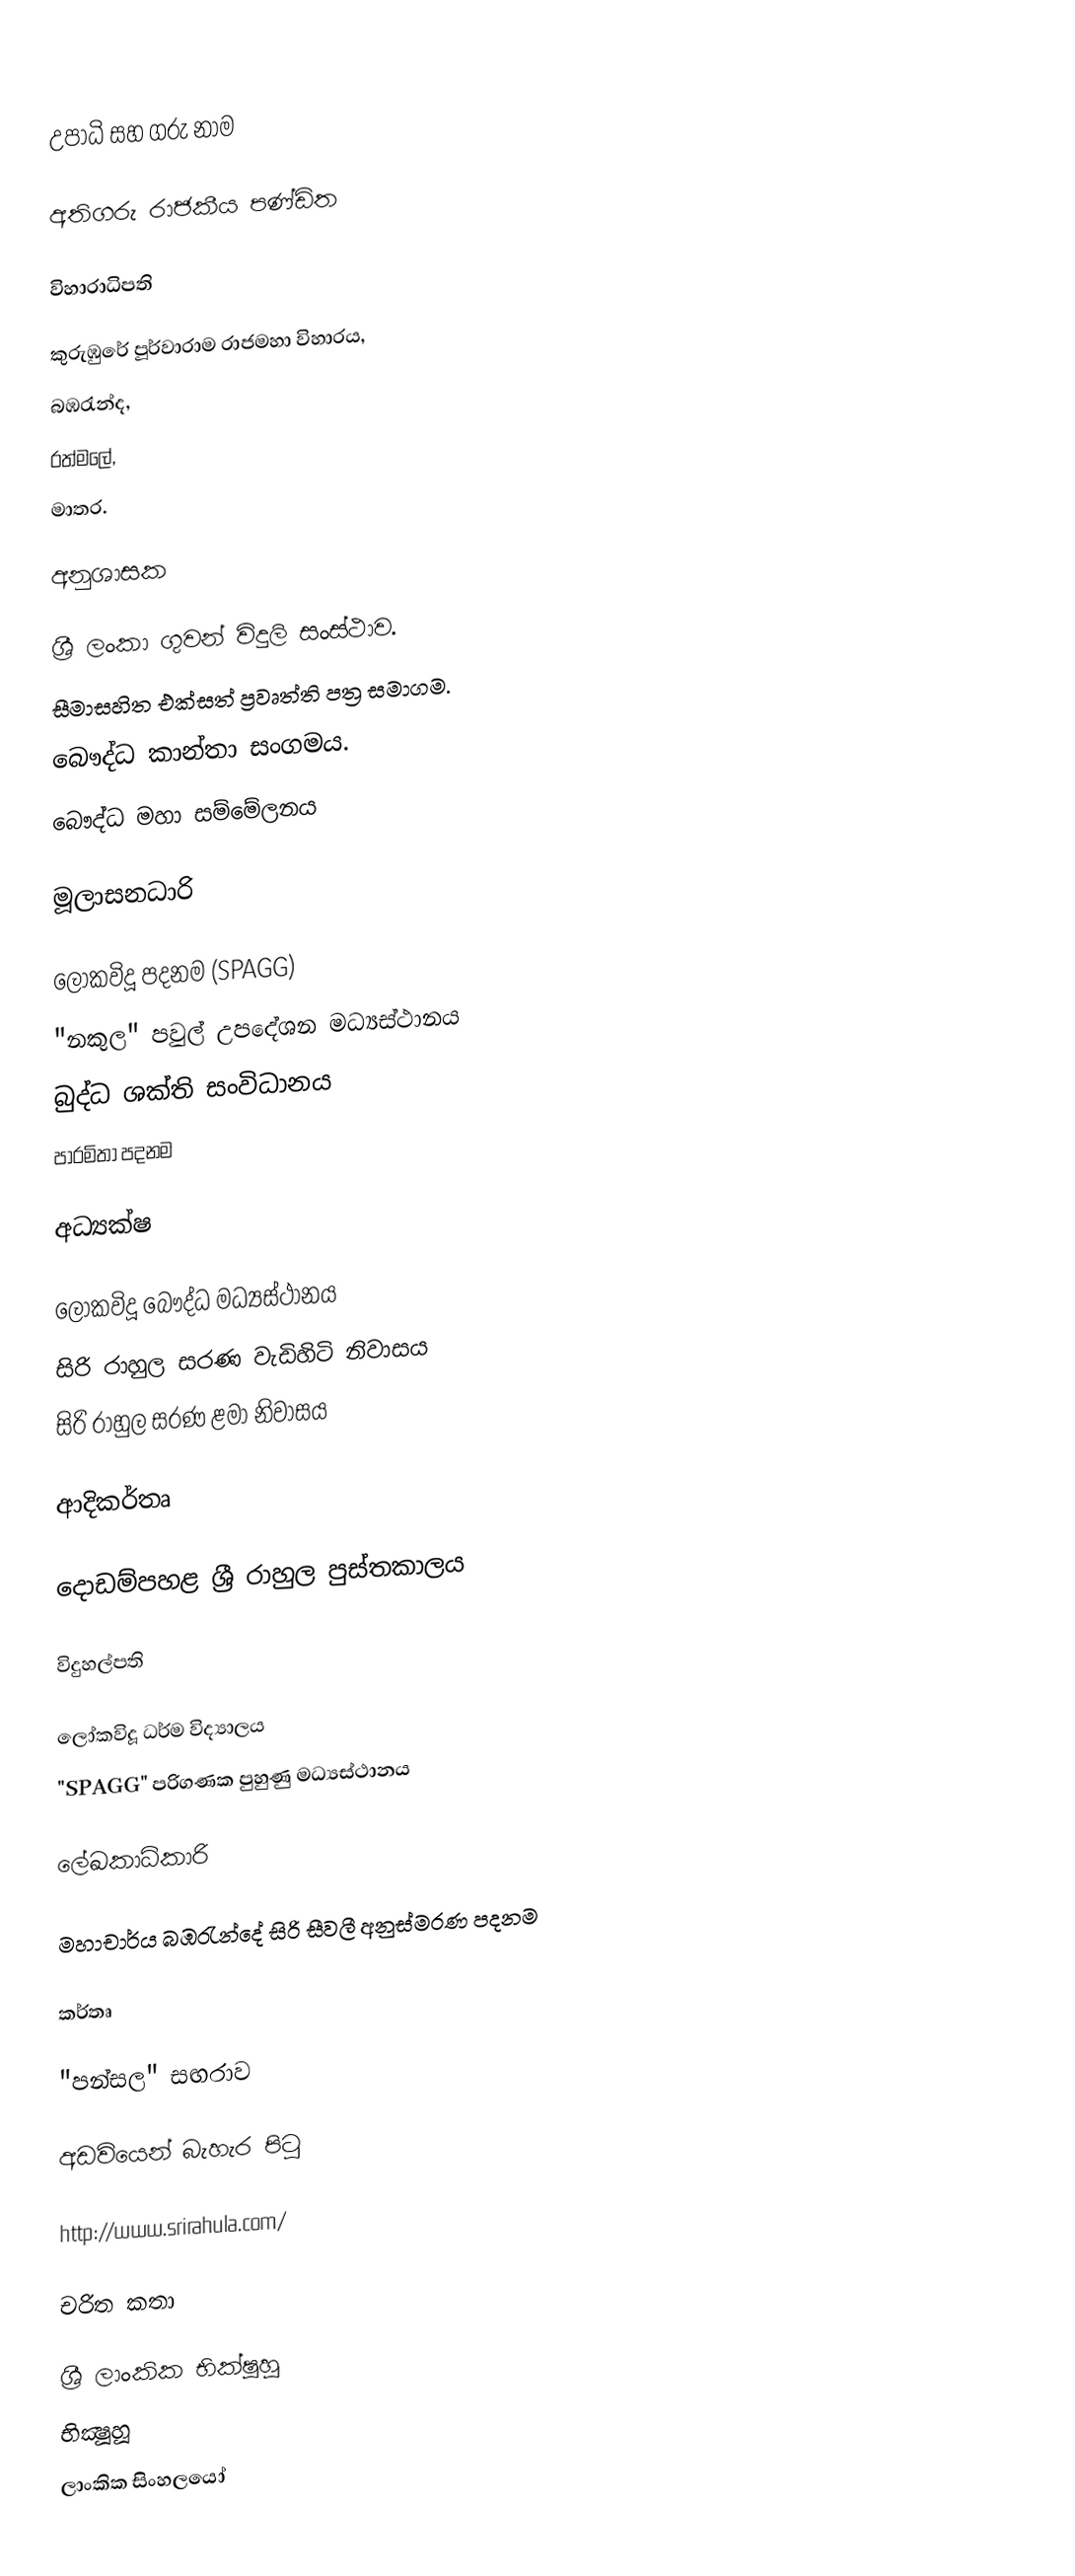

උපාධි සහ ගරු නාම

අතිගරු රාජකීය පණ්ඩිත

විහාරාධිපති

කුරුඹු‍රේ පූර්වාරාම රාජමහා විහාරය,
බඹරැන්ද,
රත්මලේ,
මාතර.

අනුශාසක

ශ්‍රී ලංකා ගුවන් විදුලි සංස්‍ථාව.
සීමාසහිත එක්සත් ප්‍රවෘත්ති පත්‍ර සමාගම.
බෞද්ධ කාන්තා සංගමය.
බෞද්ධ මහා සම්මේලනය

මූලාසනධාරි

ලෝකවිදූ පදනම (SPAGG)
"නකුල" පවුල් උපදේශන මධ්‍යස්ථානය
බුද්ධ ශක්ති සංවිධානය
පාරමිතා පදනම

අධ්‍යක්ෂ

ලෝකවිදූ බෞද්ධ මධ්‍යස්ථානය
සිරි රාහුල සරණ වැඩිහිටි නිවාසය
සිරි රාහුල සරණ ළමා නිවාසය

ආදිකර්තෘ

දොඩම්පහළ ශ්‍රී රාහුල පුස්තකාලය

විදුහල්පති

ලෝකවිදූ ධර්ම විද්‍යාලය
"SPAGG" පරිගණක පුහුණු මධ්‍යස්ථානය

ලේඛකාධිකාරි

මහාචාර්ය බඹරැන්දේ සිරි සීවලී අනුස්මරණ පදනම

කර්තෘ

"පන්සල" සඟරාව

අඩවියෙන් බැහැර පිටු

http://www.srirahula.com/

චරිත කතා

ශ්‍රී ලාංකික භික්ෂූහූ
භික්‍ෂූහූ
ලාංකික සිංහලයෝ